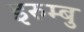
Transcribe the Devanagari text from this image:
इरुम्बु